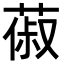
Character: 𦵦